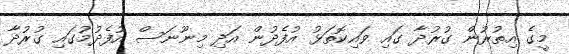
މީގެ އިތުރުން ގުރުދާ ގައި ވައިކޮތަޅު އުފެދުން އަދި މިނޫނަސް އުފެދުމުގައި ގުރުދާ